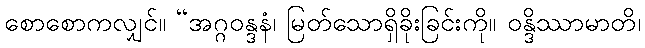
စောစောကလျှင်။ “အဂ္ဂဝန္ဒနံ၊ မြတ်သောရှိခိုးခြင်းကို။ ဝန္ဒိဿာမာတိ၊